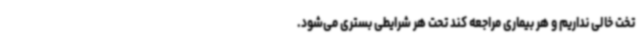
تخت خالی نداریم و هر بیماری مراجعه کند تحت هر شرایطی بستری می‌شود.